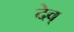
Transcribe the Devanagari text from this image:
देव्